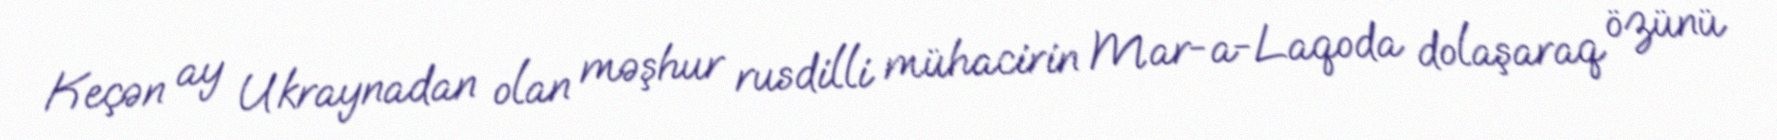
Keçən ay Ukraynadan olan məşhur rusdilli mühacirin Mar-a-Laqoda dolaşaraq özünü